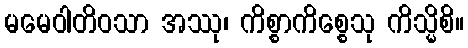
မမေဝါတိဝသာ အဿု၊ ကိစ္စာကိစ္စေသု ကိသ္မိစိ။